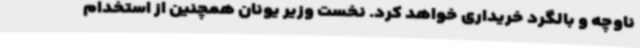
ناوچه و بالگرد خریداری خواهد کرد. نخست وزیر یونان همچنین از استخدام